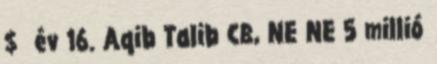
$ év 16. Aqib Talib CB, NE NE 5 millió